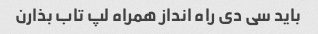
باید سی دی راه انداز همراه لپ تاب بذارن